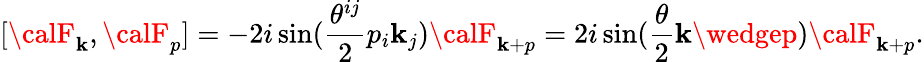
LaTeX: [{\calF}_{\mathbf{k}},{\calF}_{p}]=-2i\sin(\frac{{\theta^{ij}}}{{2}}p_{i}\mathbf{k}_{j}){\calF}_{\mathbf{k}+p}=2i\sin(\frac{{\theta}}{{2}}\mathbf{k}\wedgep){\calF}_{\mathbf{k}+p}.